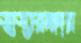
স্বাস্থ্যরক্ষার